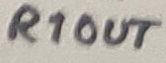
Text: R1OUT